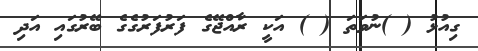
ގިއުޅު ( )ނުވަތަ ( ) އަކީ ރާއްޖޭގެ ފަރުފަރުގެގެ ބޭރުގައި އަދި